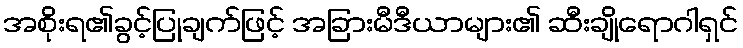
အစိုးရ၏ခွင့်ပြုချက်ဖြင့် အခြားမီဒီယာများ၏ ဆီးချိုရောဂါရှင်